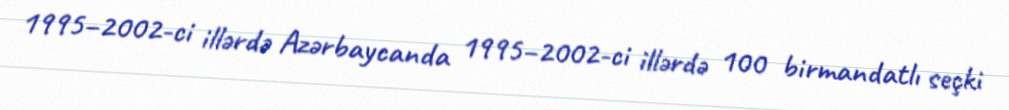
1995–2002-ci illərdə Azərbaycanda 1995–2002-ci illərdə 100 birmandatlı seçki